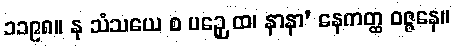
၁၁၉၈။ နု သံသယေ စ ပဉှေ ထ၊ နာနာ’ နေကတ္ထ ဝဇ္ဇနေ။